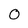
Character: 0